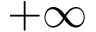
+ \infty